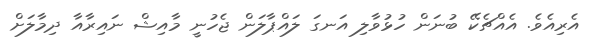
އެރިއެވެ. އެއްޗެކޭ ބުނަން ހުޅުވާލި އަނގަ ލައްޕާލަން ޖެހުނީ މާއިޝް ނައިރާއާ ދިމާލަށް